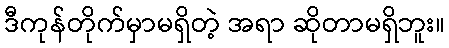
ဒီကုန်တိုက်မှာမရှိတဲ့ အရာ ဆိုတာမရှိဘူး။